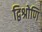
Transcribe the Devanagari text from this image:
द्विश्रोणि